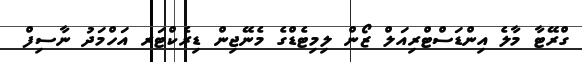
ގްރޭޓާ މާލެ އިންޑަސްޓްރިއަލް ޒޯން ލިމިޓެޑްގެ މެނޭޖިން ޑިރެކްޓަރ އަހްމަދު ނާސިފް